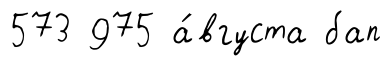
573 975 а́вгуста бап